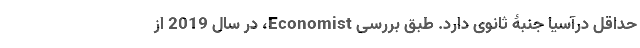
حداقل درآسیا جنبۀ ثانوی دارد. طبق بررسی Economist، در سال 2019 از